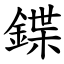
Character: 鍱